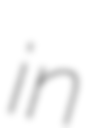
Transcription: in